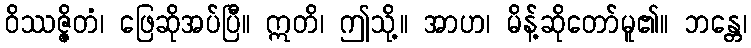
ဝိဿဇ္ဇိတံ၊ ဖြေဆိုအပ်ပြီ။ ဣတိ၊ ဤသို့။ အာဟ၊ မိန့်ဆိုတော်မူ၏။ ဘန္တေ၊